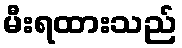
မီးရထားသည်